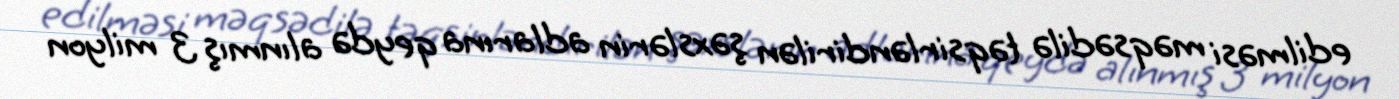
edilməsi məqsədilə təqsirləndirilən şəxslərin adlarına qeydə alınmış 3 milyon